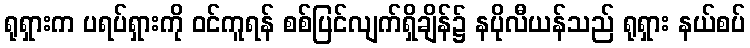
ရုရှားက ပရပ်ရှားကို ဝင်ကူရန် စစ်ပြင်လျက်ရှိချိန်၌ နပိုလီယန်သည် ရုရှား နယ်စပ်